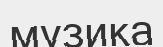
музика